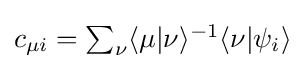
{\textstyle c_{\mu i}=\sum _{\nu }\langle \mu |\nu \rangle ^{-1}\langle \nu |\psi _{i}\rangle }